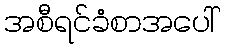
အစီရင်ခံစာအပေါ်